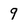
Character: 9